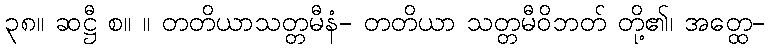
၃၈။ ဆဋ္ဌီ စ။ ။ တတိယာသတ္တမီနံ- တတိယာ သတ္တမီဝိဘတ် တို့၏၊ အတ္ထေ-